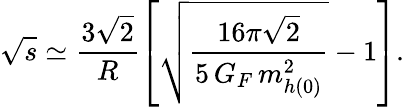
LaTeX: \sqrt{s}\simeq\frac{3\sqrt{2}}{R}\left[\sqrt{\frac{16\pi\sqrt{2}}{5\, G_{F}\, m_{h(0)}^{2}}}-1\right].